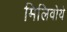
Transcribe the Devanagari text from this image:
मिलिवोये